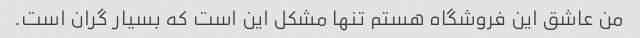
من عاشق این فروشگاه هستم تنها مشکل این است که بسیار گران است.